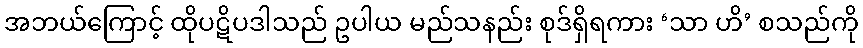
အဘယ်ကြောင့် ထိုပဋိပဒါသည် ဥပါယ မည်သနည်း စုဒ်ရှိရကား ‘သာ ဟိ’ စသည်ကို